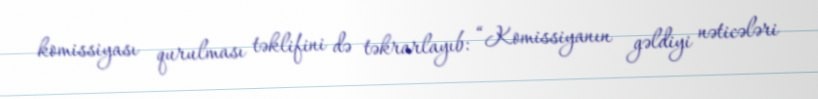
komissiyası qurulması təklifini də təkrarlayıb: “Komissiyanın gəldiyi nəticələri